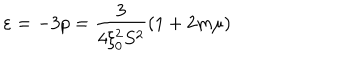
\varepsilon = - 3 p = \frac { 3 } { 4 \xi _ { 0 } ^ { 2 } S ^ { 2 } } ( 1 + 2 m \mu )